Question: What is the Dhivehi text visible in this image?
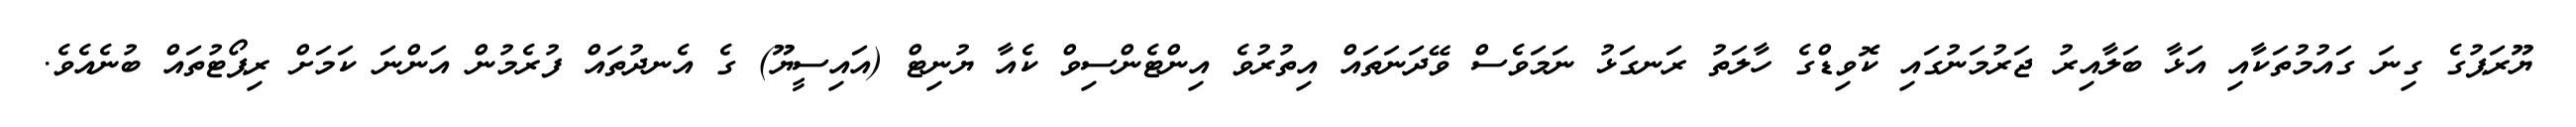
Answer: ޔޫރަޕުގެ ގިނަ ގައުމުތަކާއި އަޅާ ބަލާއިރު ޖަރުމަނުގައި ކޮވިޑްގެ ހާލަތު ރަނގަޅު ނަމަވެސް ވޭދަނަތައް އިތުރުވެ އިންޓެންސިވް ކެއާ ޔުނިޓް (އައިސީޔޫ) ގެ އެނދުތައް ފުރެމުން އަންނަ ކަމަށް ރިޕޯޓުތައް ބުނެއެވެ.